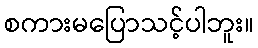
စကားမပြောသင့်ပါဘူး။